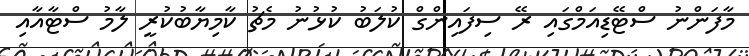
މާފަންނު ސްޓޭޑިއަމްގައި ރޭ ސިފައިންގް ކުލަބު ކުޅުނު މެޗު ކާމިޔާބުކުރީ ލާމު ސްޓާއާއި